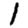
Digit: 1